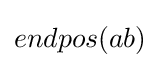
endpos(ab)